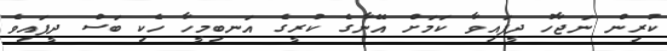
ކުރިން ނަޖާހު ދީފައިވާ ކަމަށް އޭނާގެ ކުރީގެ އަނބިމީހާ ހެކި ބަސް ދީފައިވެ